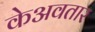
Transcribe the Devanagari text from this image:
केअवतार